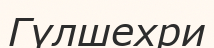
Гүлшехри